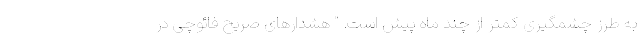
به طرز چشمگیری کمتر از چند ماه پیش است. " هشدار‌های صریح فائوچی در